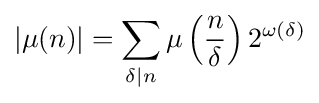
|\mu (n)|=\sum _{\delta \mid n}\mu \left({\frac {n}{\delta }}\right)2^{\omega (\delta )}